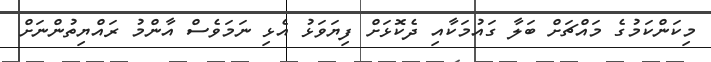
މިކަންކަމުގެ މައްޗަށް ބަލާ ގައުމަކާއި ދެކޮޅަށް ފިޔަވަޅު އެޅި ނަމަވެސް އާންމު ރައްޔިތުންނަށް